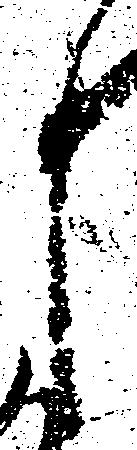
し